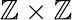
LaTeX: \mathbb{Z}\times\mathbb{Z}